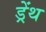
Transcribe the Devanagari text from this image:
ड्रेंथ